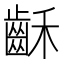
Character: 𪗮